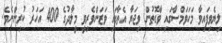
ލިޔެވިފައިވާ މަހަވަމްސާގައި ވާގޮތުން ވިޖަޔާ އެތާގައި ވަޒަންވެރިވީ މީލާދުގެ 400 އަހަރު ކުރިންނެވެ.